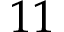
1 1